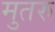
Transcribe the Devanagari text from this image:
मुतरु